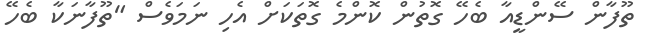
ތޫފާން ސޭންޑީއާ ބެހޭ ގޮތުން ކޮންމެ ގޮތަކަށް އެހި ނަމަވެސް "ތޫފާނަކާ ބެހޭ